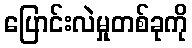
ပြောင်းလဲမှုတစ်ခုကို